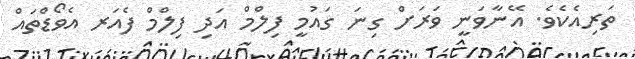
ތަރިއެކެވެ. އޭނާވަނީ ވަރަށް ގިނަ ގައުމީ ފިލްމް އަދި ފިލްމް ފެއަރ އެވޯޑްތައް